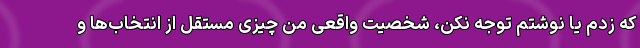
که زدم یا نوشتم توجه نکن، شخصیت واقعی من چیزی مستقل از انتخاب‌ها و